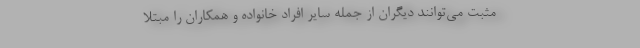
مثبت می‌توانند دیگران از جمله سایر افراد خانواده و همکاران را مبتلا